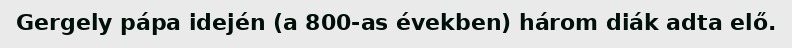
Gergely pápa idején (a 800-as években) három diák adta elő.